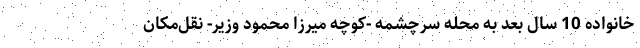
خانواده 10 سال بعد به محله سرچشمه -کوچه میرزا محمود وزیر- نقل‌مکان